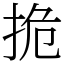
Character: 㧪